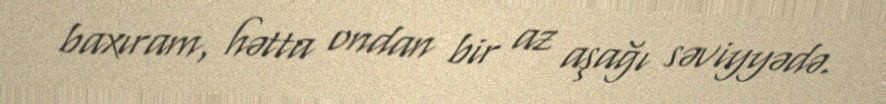
baxıram, hətta ondan bir az aşağı səviyyədə.